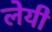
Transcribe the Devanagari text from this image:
लेयी